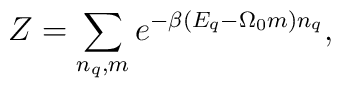
Z = \sum_{n_q,m} e^{- \beta ( E_q - \Omega_0  m )n_q },